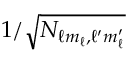
1 / \sqrt { N _ { \ell m _ { \ell } , \ell ^ { \prime } m _ { \ell } ^ { \prime } } }